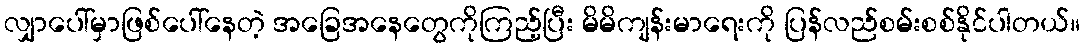
လျှာပေါ်မှာဖြစ်ပေါ်နေတဲ့ အခြေအနေတွေကိုကြည့်ပြီး မိမိကျန်းမာရေးကို ပြန်လည်စမ်းစစ်နိုင်ပါတယ်။